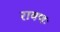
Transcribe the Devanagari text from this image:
रावणः